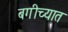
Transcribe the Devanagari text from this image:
बगीच्यात